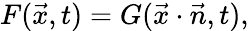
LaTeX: F({\vec{x}},t)=G({\vec{x}}\cdot{\vec{n}},t),